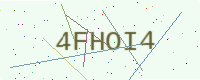
Text: 4FHOI4